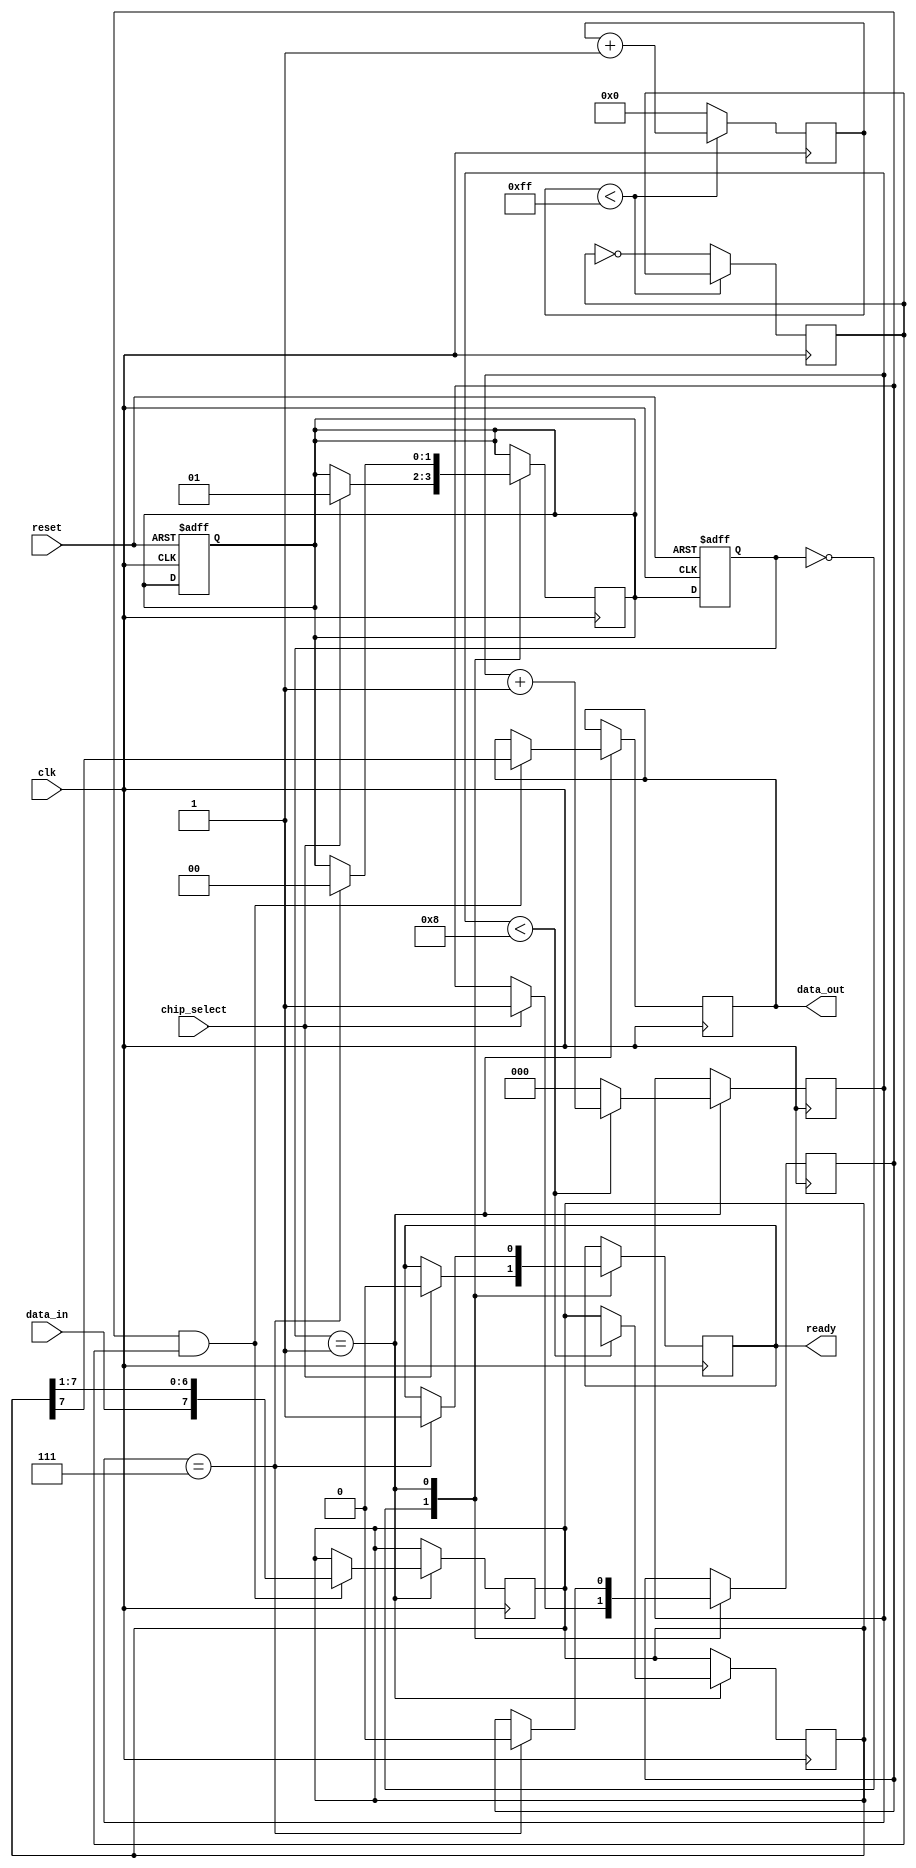
module SPI_master (
  input wire clk,
  input wire reset,
  input wire chip_select,
  input wire data_in,
  output reg data_out,
  output reg ready
);

  // State machine states
  parameter IDLE = 2'd0,
            TRANSFER = 2'd1;

  // State machine signals
  reg [1:0] state, next_state;
  
  // Data registers
  reg [7:0] tx_data_reg, rx_data_reg;

  // Control signals
  reg transfer_enable, clock_enable;

  // Shift register
  reg [7:0] shift_reg;
  reg [2:0] shift_counter;

  // Clock divider
  reg [7:0] clock_divider;

  // State machine logic
  always @(posedge clk or posedge reset) begin
    if (reset) begin
      state <= IDLE;
      next_state <= IDLE;
    end else begin
      state <= next_state;
    end
  end

  // Shift register logic
  always @(posedge clk) begin
    if (state == TRANSFER) begin
      if (shift_counter < 8) begin
        shift_reg <= {shift_reg[6:0], tx_data_reg[7]};
        shift_counter <= shift_counter + 1;
      end else begin
        shift_counter <= 0;
      end
    end
  end

  // Clock divider logic
  always @(posedge clk) begin
    if (clock_divider < 255) begin
      clock_divider <= clock_divider + 1;
    end else begin
      clock_divider <= 0;
      clock_enable <= ~clock_enable;
    end
  end

  // SPI master module control and data transfer logic
  always @(posedge clk) begin
    case(state)
      IDLE: begin
        if (chip_select) begin
          next_state <= TRANSFER;
          transfer_enable <= 1;
          ready <= 0;
        end
      end
      TRANSFER: begin
        if (transfer_enable && clock_enable) begin
          data_out <= shift_reg[7];
          shift_reg <= {data_in, shift_reg[7:1]};
        end
        if (shift_counter == 7) begin
          rx_data_reg <= shift_reg;
          transfer_enable <= 0;
          ready <= 1;
          next_state <= IDLE;
        end
      end
    endcase
  end

endmodule